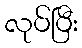
လုပ်ပြီး